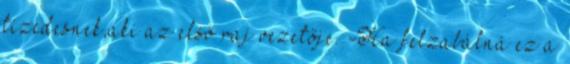
tizedesnek,aki az első raj vezetője. -Ha felzabálná ez a